Preparation of a safe and efficient antirabic vaccine - Number 44
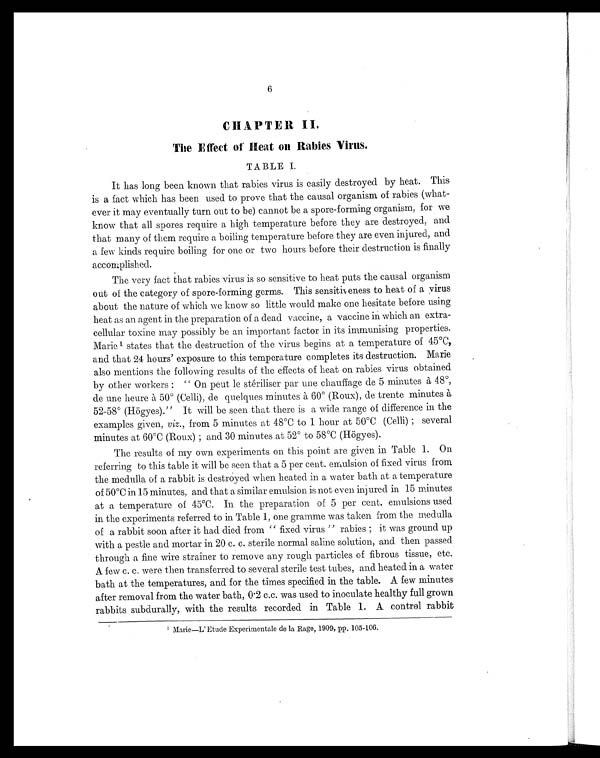
6
CHAPTER II.
The Effect of Heat On Rabies Virus.
TABLE I.
It has long been known that rabies virus is easily destroyed by heat. This
is a fact which has been used to prove that the causal organism of rabies (what-
ever it may eventually turn out to be) cannot be a spore-forming organism, for we
know that all spores require a high temperature before they are destroyed, and
that many of them require a boiling temperature before they are even injured, and
a few kinds require boiling for one or two hours before their destruction is finally
accomplished.
The very fact that rabies virus is so sensitive to heat puts the causal organism
out of the category of spore-forming germs. This sensitiveness to heat of a virus
about the nature of which we know so little would make one hesitate before using
heat as an agent in the preparation of a dead vaccine, a vaccine in which an extra-
cellular toxine may possibly be an important factor in its immunising properties.
Marie 1 states that the destruction of the virus begins at a temperature of 45°C,
and that 24 hours' exposure to this temperature completes its destruction. Marie
also mentions the following results of the effects of heat on rabies virus obtained
by other workers : " On peut le stériliser par une chauflfge de 5 minutes à 48°,
de une heure à 50° (Celli), de quelques minutes à 60° (Roux), de trente minutes à
52.58° (Högyes)." It will be seen that there is a wide range of difference in the
examples given, viz., from 5 minutes at 48°C to 1 hour at 50°C (Celli) ; several
mi nutes at 60°C (Roux) ; and 30 mi nutes at 52° to 58°C (Högyes).
The results of my own experiments on this point are given in Table 1. On
referring to this table it will be seen that a 5 per cent. emulsion of fixed virus from
the medulla of a rabbit is destroyed when heated in a water bath at a temperature
of 50°C in 15 minutes, and that a similar emulsion is not even injured in 15 minutes
at a temperature of 45°C. In the preparation of 5 per cent. emulsions used
in the experiments referred to in Table 1, one gramme was taken from the medulla
of a rabbit soon after it had died from " fixed virus " rabies ; it was ground up
with a pestle and mortar in 20 c. sterile normal saline solution, and then passed
through a fine wire strainer to remove any rough particles of fibrous tissue, etc.
A few c. c. were then transferred to several sterile test tubes, and heated in a water
bath at the temperatures, and for the times specified in the table. A few minutes
after removal from the water bath, 0.2 c.c. was used to inoculate healthy full grown
rabbits subdurally, with the results recorded in Table 1. A control rabbit
Marie—L'Etude Experimentale de la Rage, 1909, pp. 105-106.